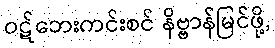
ဝဋ်ဘေးကင်းစင် နိဗ္ဗာန်မြင်ဖို့,